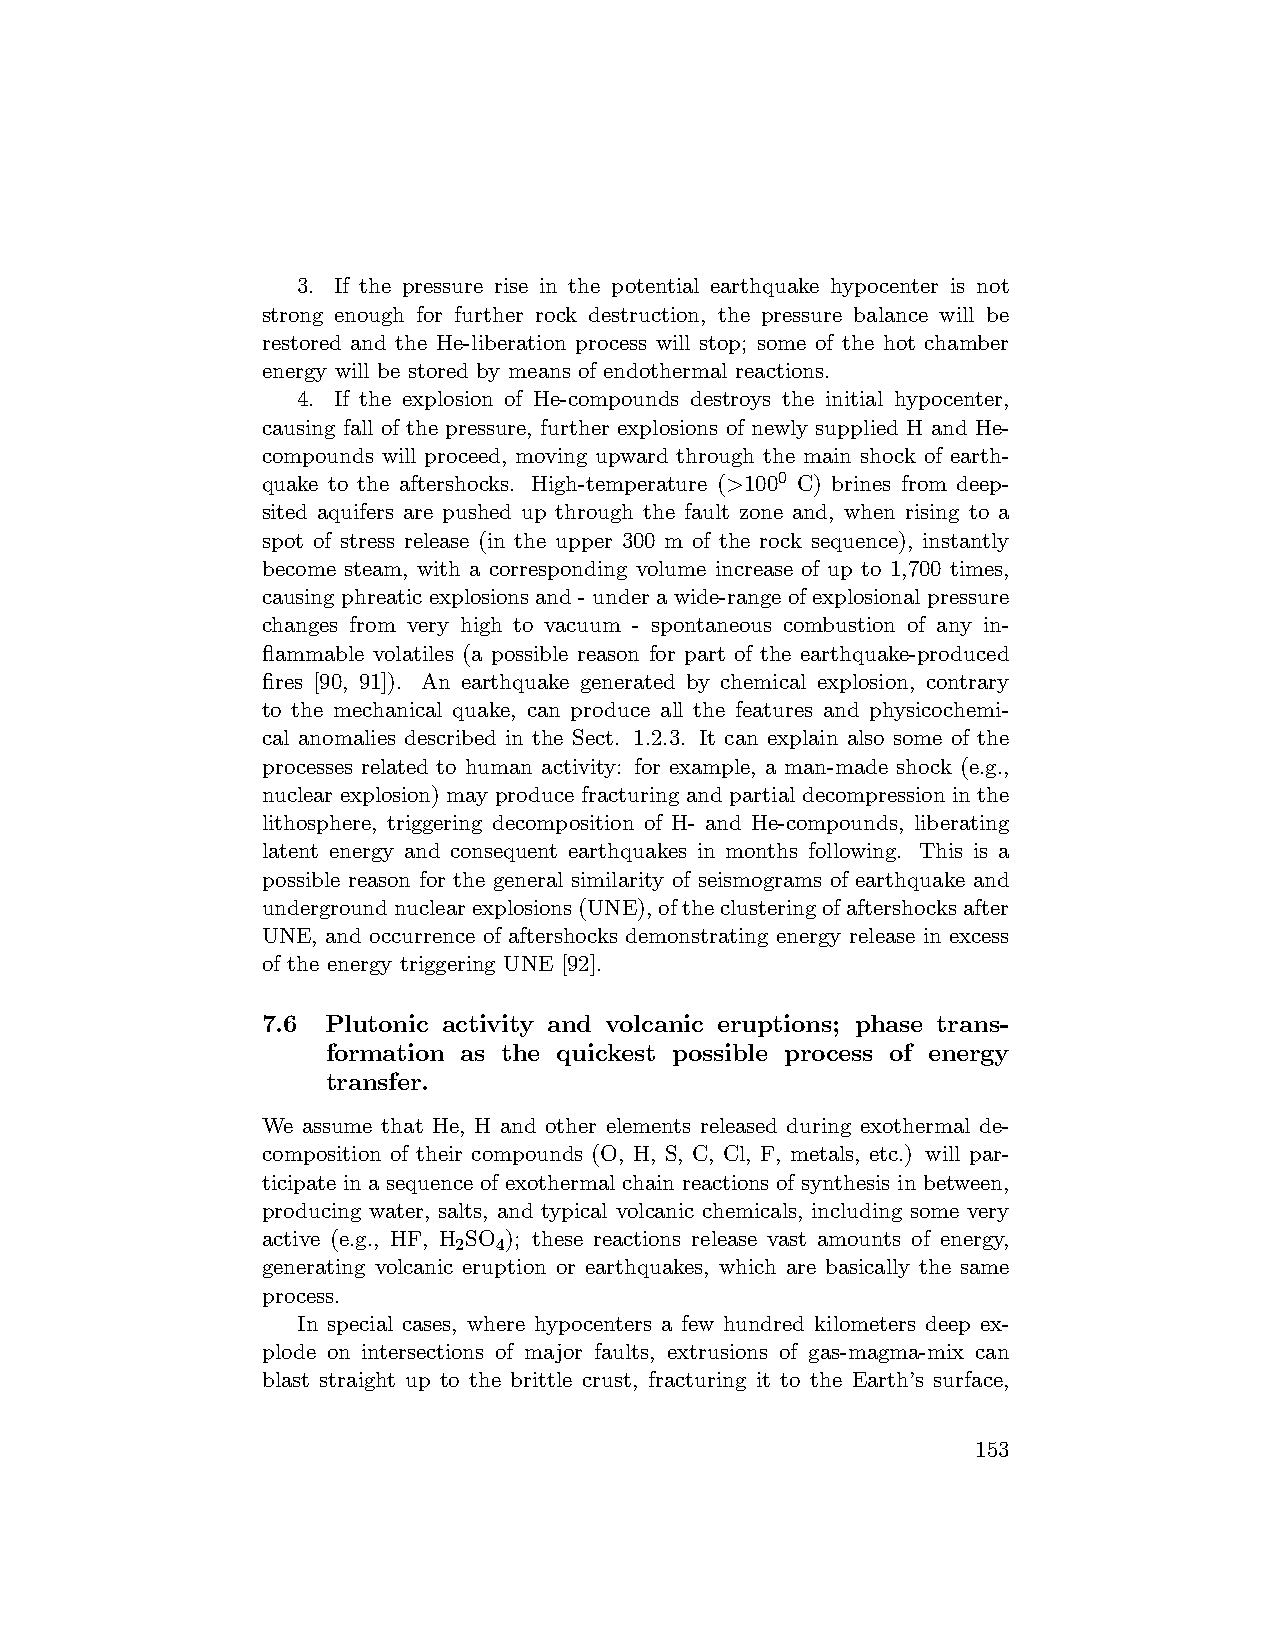
3. If the pressure rise in the potential earthquake hypocenter is not
 strong enough for further rock destruction, the pressure balance will be
 restored and the He-liberation process will stop; some of the hot chamber
 energy will be stored by means of endothermal reactions.
 4. If the explosion of He-compounds destroys the initial hypocenter,
 causing fall of the pressure, further explosions of newly supplied H and He-
 compounds will proceed, moving upward through the main shock of earth-
 quake to the aftershocks. High-temperature (>1000 C) brines from deep-
 sited aquifers are pushed up through the fault zone and, when rising to a
 spot of stress release (in the upper 300 m of the rock sequence), instantly
 become steam, with a corresponding volume increase of up to 1,700 times,
 causing phreatic explosions and - under a wide-range of explosional pressure
 changes from very high to vacuum - spontaneous combustion of any in-
 flammable volatiles (a possible reason for part of the earthquake-produced
 fires [90, 91]). An earthquake generated by chemical explosion, contrary
 to the mechanical quake, can produce all the features and physicochemi-
 cal anomalies described in the Sect. 1.2.3. It can explain also some of the
 processes related to human activity: for example, a man-made shock (e.g.,
 nuclear explosion) may produce fracturing and partial decompression in the
 lithosphere, triggering decomposition of H- and He-compounds, liberating
 latent energy and consequent earthquakes in months following. This is a
 possible reason for the general similarity of seismograms of earthquake and
 undergroundnuclearexplosions(UNE),oftheclusteringofaftershocksafter
 UNE, and occurrence of aftershocks demonstrating energy release in excess
 of the energy triggering UNE [92].
 7.6  Plutonic activity and volcanic eruptions; phase trans-
 formation as the quickest possible process of energy
 transfer.
 We assume that He, H and other elements released during exothermal de-
 composition of their compounds (O, H, S, C, Cl, F, metals, etc.) will par-
 ticipate in a sequence of exothermal chain reactions of synthesis in between,
 producing water, salts, and typical volcanic chemicals, including some very
 active (e.g., HF, H SO ); these reactions release vast amounts of energy,
 2  4
 generating volcanic eruption or earthquakes, which are basically the same
 process.
 In special cases, where hypocenters a few hundred kilometers deep ex-
 plode on intersections of major faults, extrusions of gas-magma-mix can
 blast straight up to the brittle crust, fracturing it to the Earth’s surface,
 153